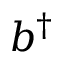
b ^ { \dagger }